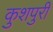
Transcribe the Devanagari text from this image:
कुशपुरी